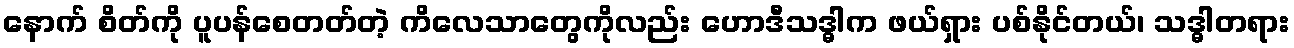
နောက် စိတ်ကို ပူပန်စေတတ်တဲ့ ကိလေသာတွေကိုလည်း ဟောဒီသဒ္ဓါက ဖယ်ရှား ပစ်နိုင်တယ်၊ သဒ္ဓါတရား